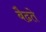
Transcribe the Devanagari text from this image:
बैढते